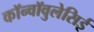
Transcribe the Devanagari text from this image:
कॉन्वॉवुलेसिई